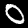
Label: 0